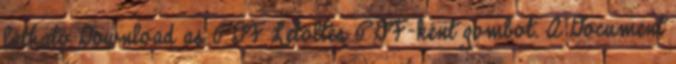
látható Download as PDF Letöltés PDF-ként gombot. A Document